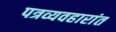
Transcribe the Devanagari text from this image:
पत्रव्यवहारांत